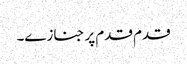
قدم قدم پر جنازے۔